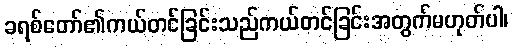
ခရစ်တော်၏ကယ်တင်ခြင်းသည်ကယ်တင်ခြင်းအတွက်မဟုတ်ပါ၊